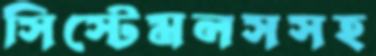
সিস্টেমলসসহ